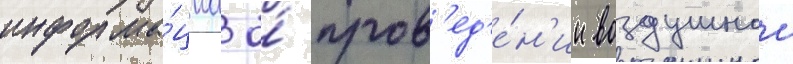
информа́циа о́ пров'ед'е́н'ии воздушнои